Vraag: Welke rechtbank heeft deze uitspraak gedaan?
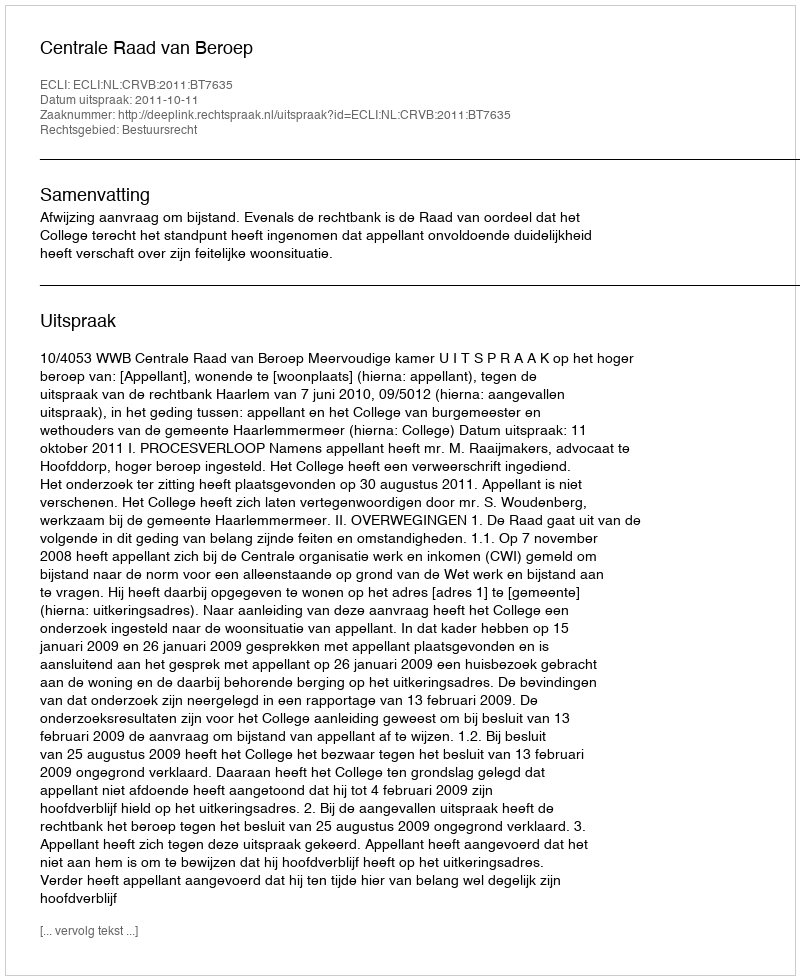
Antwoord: Centrale Raad van Beroep